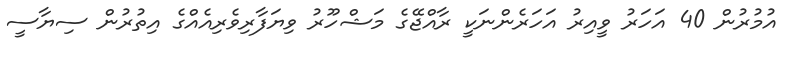
އުމުރުން 40 އަހަރު ވީއިރު އަހަރެންނަކީ ރާއްޖޭގެ މަޝްހޫރު ވިޔަފާރިވެރިއެއްގެ އިތުރުން ސިޔާސީ